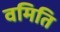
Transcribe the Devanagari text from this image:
वमिति